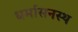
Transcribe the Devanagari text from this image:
धर्मासनस्थ